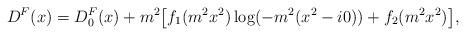
LaTeX: \begin{align*}D^F(x) = D^F_0(x) + m^2 \bigl[ f_1(m^2 x^2) \log(-m^2(x^2 - i0))+ f_2(m^2 x^2) \bigr], \end{align*}